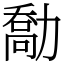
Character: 勪